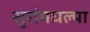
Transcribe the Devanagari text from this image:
सुरांमधल्या